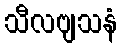
သီလဗျသနံ